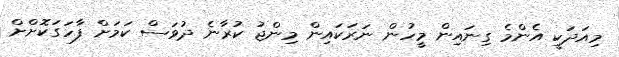
މިއަދަކީ އެންމެ ގިނައިން މީހުން ނަރަކައިން މިންޖު ކުރާނެ ދުވަސް ކަމަށް ފާހަގަކޮށްށް